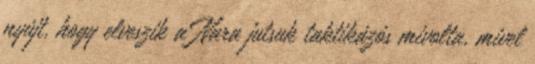
nyújt, hogy elveszik a Nara jutsuk taktikázós mivolta, mivel